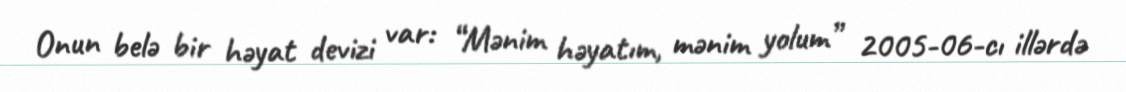
Onun belə bir həyat devizi var: “Mənim həyatım, mənim yolum” 2005-06-cı illərdə